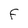
Character: F